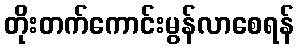
တိုးတက်ကောင်းမွန်လာစေရန်